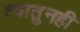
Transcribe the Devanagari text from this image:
त्यातुनही